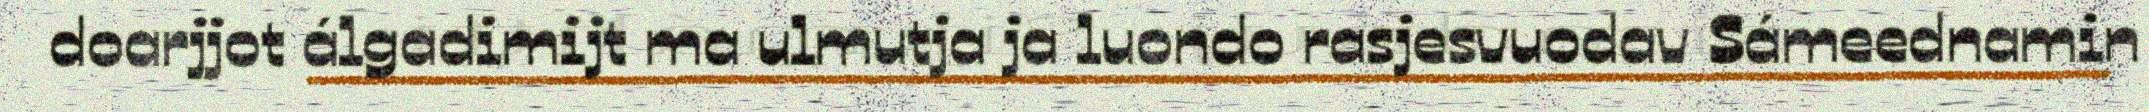
doarjjot álgadimijt ma ulmutja ja luondo rasjesvuodav Sámeednamin